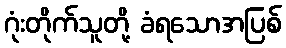
ဂုံးတိုက်သူတို့ ခံရသောအပြစ်